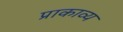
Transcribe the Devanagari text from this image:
प्राकाव्य